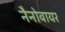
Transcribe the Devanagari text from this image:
नैनोवायर